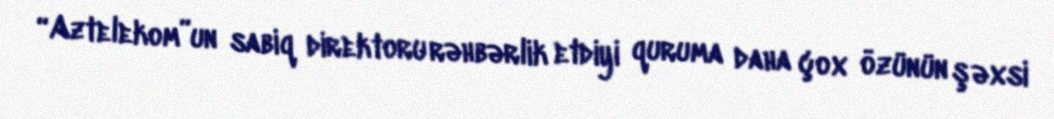
“Aztelekom”un sabiq direktoru rəhbərlik etdiyi quruma daha çox özünün şəxsi